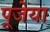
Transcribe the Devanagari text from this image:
पूजेया